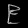
Digit: ၉